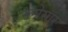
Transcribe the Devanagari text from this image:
स्लोसार